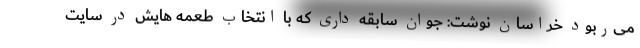
می‌ربود خراسان نوشت: جوان سابقه داری که با انتخاب طعمه هایش در سایت